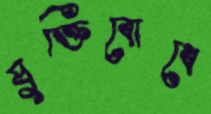
যুক্তিবোধে